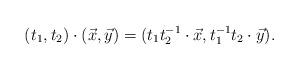
LaTeX: \begin{align*}(t_1, t_2)\cdot (\vec{x}, \vec{y})=(t_1 t_2^{-1} \cdot \vec{x}, t_1^{-1} t_2 \cdot \vec{y}).\end{align*}